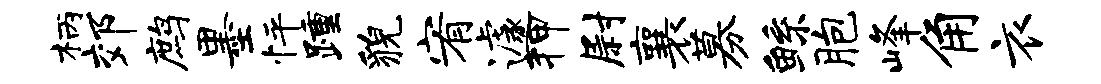
柄郊鹧墨怦踵貌宥遽狎尉襄募鲧胞峰角衣